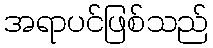
အရာပင်ဖြစ်သည်